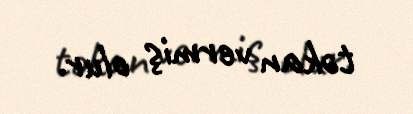
təkan vermiş olur.